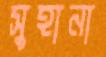
সুহানা